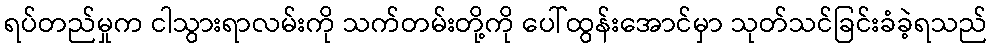
ရပ်တည်မှုက ငါသွားရာလမ်းကို သက်တမ်းတို့ကို ပေါ်ထွန်းအောင်မှာ သုတ်သင်ခြင်းခံခဲ့ရသည်